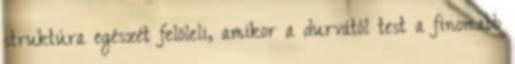
struktúra egészét felöleli, amikor a durvától test a finomabb